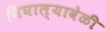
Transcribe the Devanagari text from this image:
निघाल्यावेळी